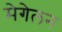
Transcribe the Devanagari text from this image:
मेगेलन